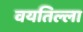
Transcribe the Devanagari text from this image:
वयतिल्ला